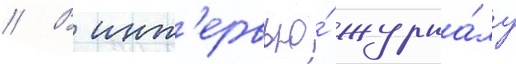
// В инт'ервью́ журна́лу